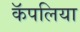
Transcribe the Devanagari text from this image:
कॅपलिया